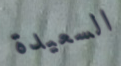
السعيدة